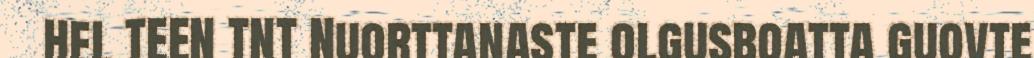
HEL TEEN TNT Nuorttanaste olgusboatta guovte